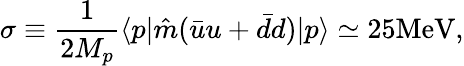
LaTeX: \sigma\equiv{\frac{1}{2M_{p}}}\langle p|\hat{m}(\bar{u}u+\bar{d}d)|p\rangle\simeq 25\mathrm{{MeV}},